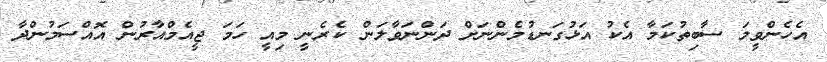
އެހެންވީމަ ސާބިތުކަމާ އެކު އަޅުގަނޑުމެންނަށް ދަންނަވާލަން ކެރެނީ މިއީ ހަމަ ޖީއެމްއާރުން އޮއްސަމުންދާ